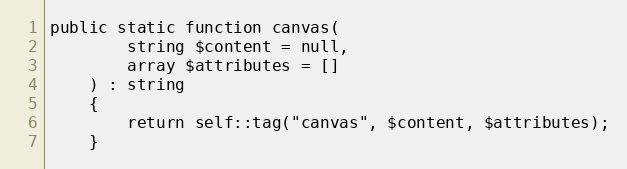
Language: PHP
public static function canvas(
        string $content = null,
        array $attributes = []
    ) : string
    {
        return self::tag("canvas", $content, $attributes);
    }